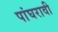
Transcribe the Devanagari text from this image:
पांघरावी